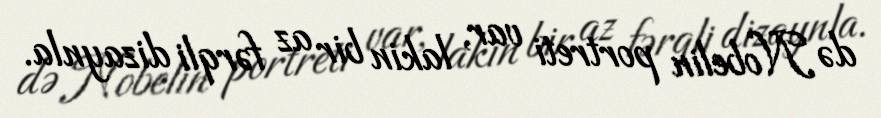
də Nobelin portreti var, lakin bir az fərqli dizaynla.